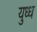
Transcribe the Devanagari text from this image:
युध्ध